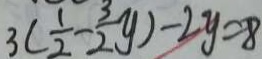
3 ( \frac { 1 } { 2 } - \frac { 3 } { 2 } y ) - 2 y = 8